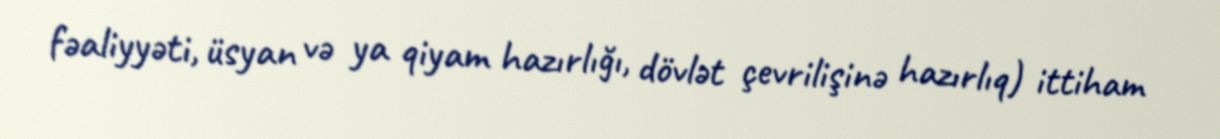
fəaliyyəti, üsyan və ya qiyam hazırlığı, dövlət çevrilişinə hazırlıq) ittiham